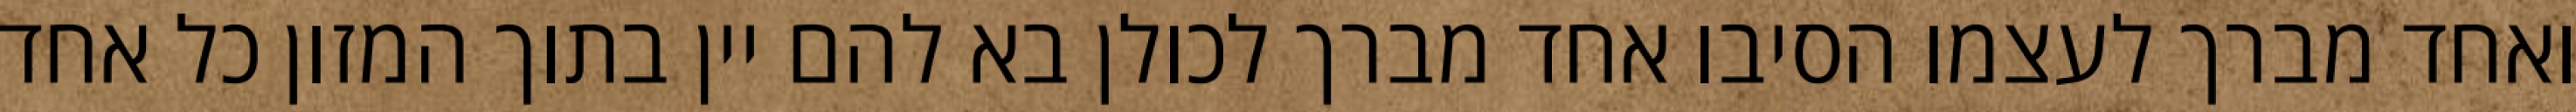
ואחד מברך לעצמו הסיבו אחד מברך לכולן בא להם יין בתוך המזון כל אחד